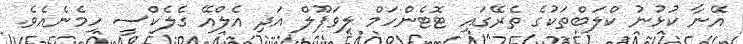
އޭނާ ކުޅުނު ކްލަބްތަކުގެ ތެރޭގައި ޓޮޓެންހަމް ލިވަޕޫލް އަދި އެލްއޭ ގެލެކްސީ ހިމެނެއެވެ.